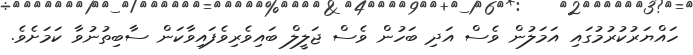
ހައްޔަރުކުރުމުގައި އަމަލުން ވެސް އަދި ބަހުން ވެސް ޖަލީލް ބައިވެރިވެފައިވާކަން ސާބިތުނުވާ ކަމަށެވެ.